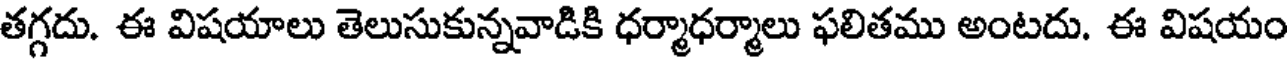
తగ్గదు. ఈ విషయాలు తెలుసుకున్నవాడికి ధర్మాధర్మాలు ఫలితము అంటదు. ఈ విషయం